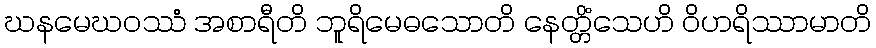
ဃနမေဃဝဿံ အစာရီတိ ဘူရိမေဓသောတိ နေတ္တိံသေဟိ ဝိဟရိဿာမာတိ